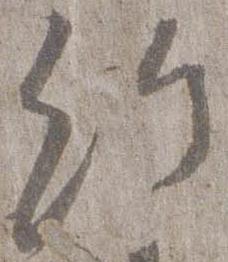
給